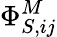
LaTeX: \Phi_{S,ij}^{M}